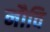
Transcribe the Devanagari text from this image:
नौवि